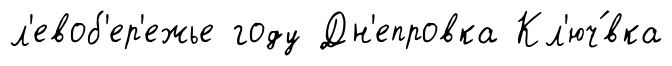
л'евоб'ер'ежье году Дн'епровка Кл'юч́вка